Report of the Indian Hemp Drugs Commission, 1894-1895 - Volume VII
Year: 1894
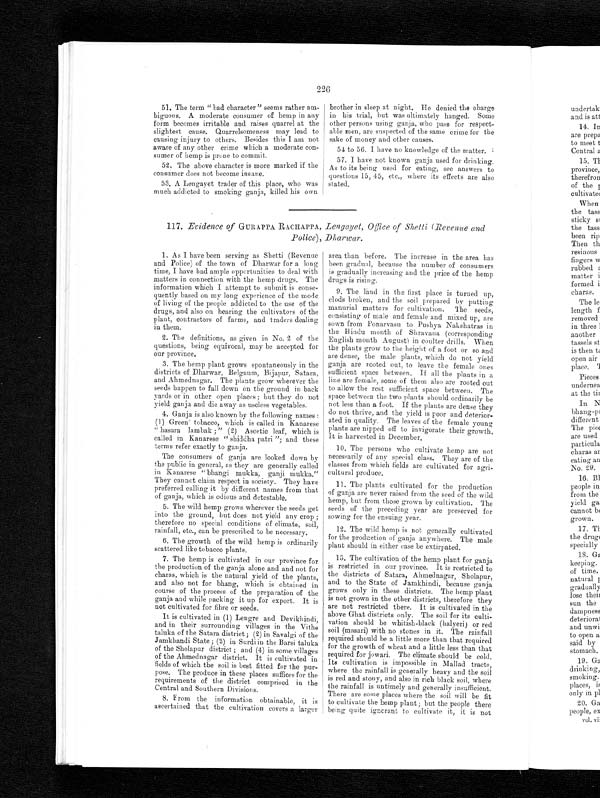
226
51. The term "bad character" seems rather am-
biguous. A. moderate consumer of hemp in any
form becomes irritable and raises quarrel at the
slightest cause. Quarrelsomeness may lead to
causing injury to others. Besides this I am not
aware of any other crime which a moderate con-
sumer of hemp is prone to commit.
52. The above character is more marked if the
consumer does not become insane.
53. A Lengayet trader of this place, who was
much addicted to smoking ganja, killed his own
brother in sleep at night. He denied the charge
in his trial, but was ultimately hanged. Some
other persons using ganja, who pass for respect-
able men, are suspected of the same crime for the
sake of money and other causes.
54 to 56. I have no knowledge of the matter.
57. I have not known ganja used for drinking.
As to its being used for eating, see answers to
questions 15, 45, etc., where its effects are also
stated.
117. Evidence of GURAPPA RACHAPPA, Lengayet, Office of Shetti (Revenue and
Police), Dharwar.
1. As I have been serving as Shetti (Revenue
and Police) of the town of Dharwar for a long
time, I have had ample opportunities to deal with
matters in connection with the hemp drugs. The
information which I attempt to submit is conse-
quently based on my long experience of the mode
of living of the people addicted to the use of the
drugs, and also on hearing the cultivators of the
plant, contractors of farms, and traders dealing
in them.
2. The definitions, as given in No. 2 of the
questions, being equivocal, may be accepted for
our province.
3. The hemp plant grows spontaneously in the
districts of Dharwar, Belgaum, Bijapur, Satara,
and Ahmednagar. The plants grow wherever the
seeds happen to fall down on the ground in back
yards or in other open places; but they do not
yield ganja and die away as useless vegetables.
4. Ganja is also known by the following names :
(1) Green tobacco, which is called in Kanarese
" hasara lambak ;" (2) Ascetic leaf, which is
called in Kanarese " shiddha patri "; and these
terms refer exactly to ganja.
The consumers of ganja are looked down by
the public in general, as they are generally called
in Kanarese "bhangi mukka, ganji mukka."
They cannot claim respect in society. They have
preferred calling it by different names from that
of ganja, which is odious and detestable.
5. the wild hemp grows wherever the seeds get
into the ground, but does not yield any crop ;
therefore no special conditions of climate, soil,
rainfall, etc., can be prescribed to be necessary.
6. The growth of the wild hemp is ordinarily
scattered like tobacco plants.
7. The hemp is cultivated in our province for
the production of the ganja alone and and not for
charas, which is the natural yield of the plants,
and also not for bhang, which is obtained in
course of the process of the preparation of the
ganja and while packing it up for export. It is
not cultivated for fibre or seeds.
It is cultivated in (1) Lengre and Devikhindi,
and in their surrounding villages in the Vithe
taluka of the Satara district ; (2) in Savalgi of the
Jamkhandi State ; (3) in Surdi in the Barsi taluka
of the Sholapur district ; and (4) in some villages
of the Ahmednagar district. It is cultivated in
fields of which the soil is best fitted for the pur-
pose. The produce in these places suffices for the
requirements of the district comprised in the
Central and Southern Divisions.
8. From the information obtainable, it is
ascertained that the cultivation covers a larger
area than before. The increase in the area has
been gradual, because the number of consumers
is gradually increasing and the price of the hemp
drugs is rising.
9. The land in the first place is turned up,
clods broken, and the soil prepared by putting
manurial matters for cultivation. The seeds,
consisting of male and female and mixed up, are
sown from Ponarvasu to Pushya, Nakshatras in
the Hindu month of Shravana (corresponding
English month August) in coulter drills. When
the plants grow to the height of a foot or so and
are dense, the male plants, which do not yield
ganja are rooted out, to leave the female ones
sufficient space between. If all the plants in a
line are female, some of them also are rooted out
to allow the rest sufficient space between. The
space between the two plants should ordinarily be
not less than a foot. If the plants are dense they
do not thrive, and the yield is poor and deterior-
ated in quality. The leaves of the female young
plants are nipped off to invigorate their growth.
It is harvested in December.
10. The persons who cultivate hemp are not
necessarily of any special class. They are of the
classes from which fields are cultivated for agri-
cultural produce.
11. The plants cultivated for the production
of ganja are never raised from the seed of the wild
hemp, but from those grown by cultivation. The
seeds of the preceding year are preserved for
sowing for the ensuing year.
12. The wild hemp is not generally cultivated
for the production of ganja anywhere. The male
plant should in either case be extirpated.
13. The cultivation of the hemp plant for ganja
is restricted in our province. It is restricted to
the districts of Satara, Ahmednagar, Sholapur,
and to the State of Jamkhindi, because ganja
grows only in these districts. The hemp plant
is not grown in the other districts, therefore they
are not restricted there. It is cultivated in the
above Ghat districts only. The soil for its culti-
vation should be whitish-black (halyeri) or red
soil (masari) with no stones in it. The rainfall
required should be a little more than that required
for the growth of wheat and a little less than that
required for jowari. The climate should be cold.
Its cultivation is impossible in Mallad tracts,
where the rainfall is generally heavy and the soil
is red and stony, and also in rich black soil, where
the rainfall is untimely and generally insufficient.
There are some places where the soil will be fit
to cultivate the hemp plant; but the people there
; being quite ignorant to cultivate it, it is not